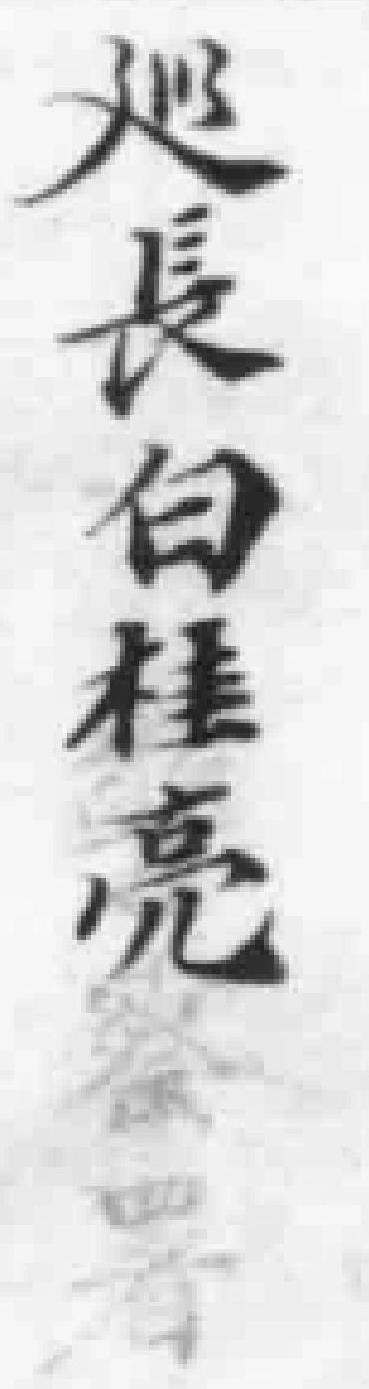
巡長白桂亮察署